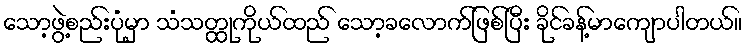
သော့ဖွဲ့စည်းပုံမှာ သံသတ္ထုကိုယ်ထည် သော့ခလောက်ဖြစ်ပြီး ခိုင်ခန့်မာကျောပါတယ်။